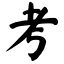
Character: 考